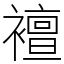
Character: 襢